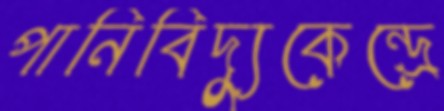
পানিবিদ্যুকেন্দ্রে